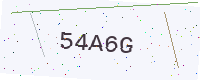
Text: 54A6G